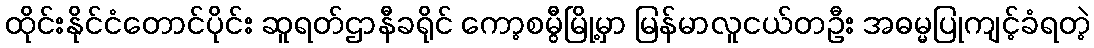
ထိုင်းနိုင်ငံတောင်ပိုင်း ဆူရတ်ဌာနီခရိုင် ကော့စမွီမြို့မှာ မြန်မာလူငယ်တဦး အဓမ္မပြုကျင့်ခံရတဲ့